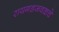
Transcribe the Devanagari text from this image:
रायगडजवळचे